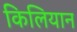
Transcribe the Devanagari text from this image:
किलियान